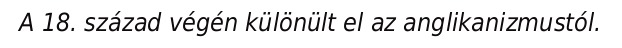
A 18. század végén különült el az anglikanizmustól.